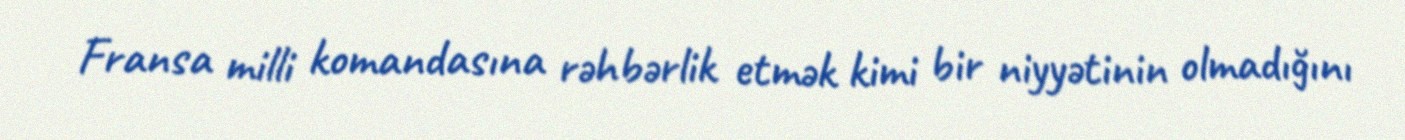
Fransa milli komandasına rəhbərlik etmək kimi bir niyyətinin olmadığını